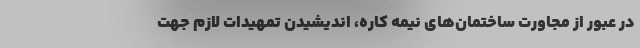
در عبور از مجاورت ساختمان‌های نیمه کاره، اندیشیدن تمهیدات لازم جهت